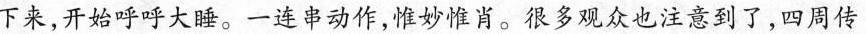
下来，开始呼呼大睡。一连串动作，惟妙惟肖。很多观众也注意到了，四周传